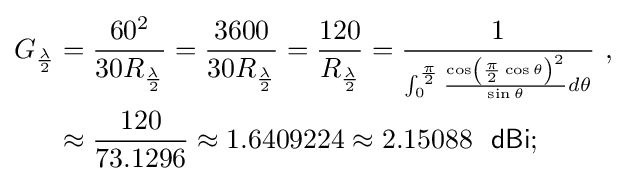
{\begin{aligned}G_{\frac {\lambda }{2}}&={\frac {60^{2}}{30R_{\frac {\lambda }{2}}}}={\frac {3600}{30R_{\frac {\lambda }{2}}}}={\frac {120}{R_{\frac {\lambda }{2}}}}={\frac {1}{{}^{\int _{0}^{\frac {\pi }{2}}{\frac {\cos \left({\frac {\pi }{2}}\cos \theta \right)^{2}}{\sin \theta }}d\theta }}}\ ,\\&\approx {\frac {120}{73.1296}}\approx 1.6409224\approx 2.15088\ {\mathsf {\ dBi}};\end{aligned}}